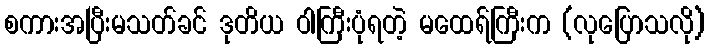
စကားအပြီးမသတ်ခင် ဒုတိယ ဝါကြီးပုံရတဲ့ မထေရ်ကြီးက (လုပြောသလို)